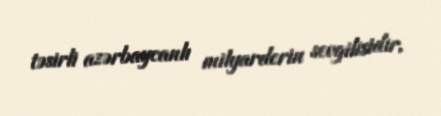
təsirli azərbaycanlı milyarderin sevgilisidir.